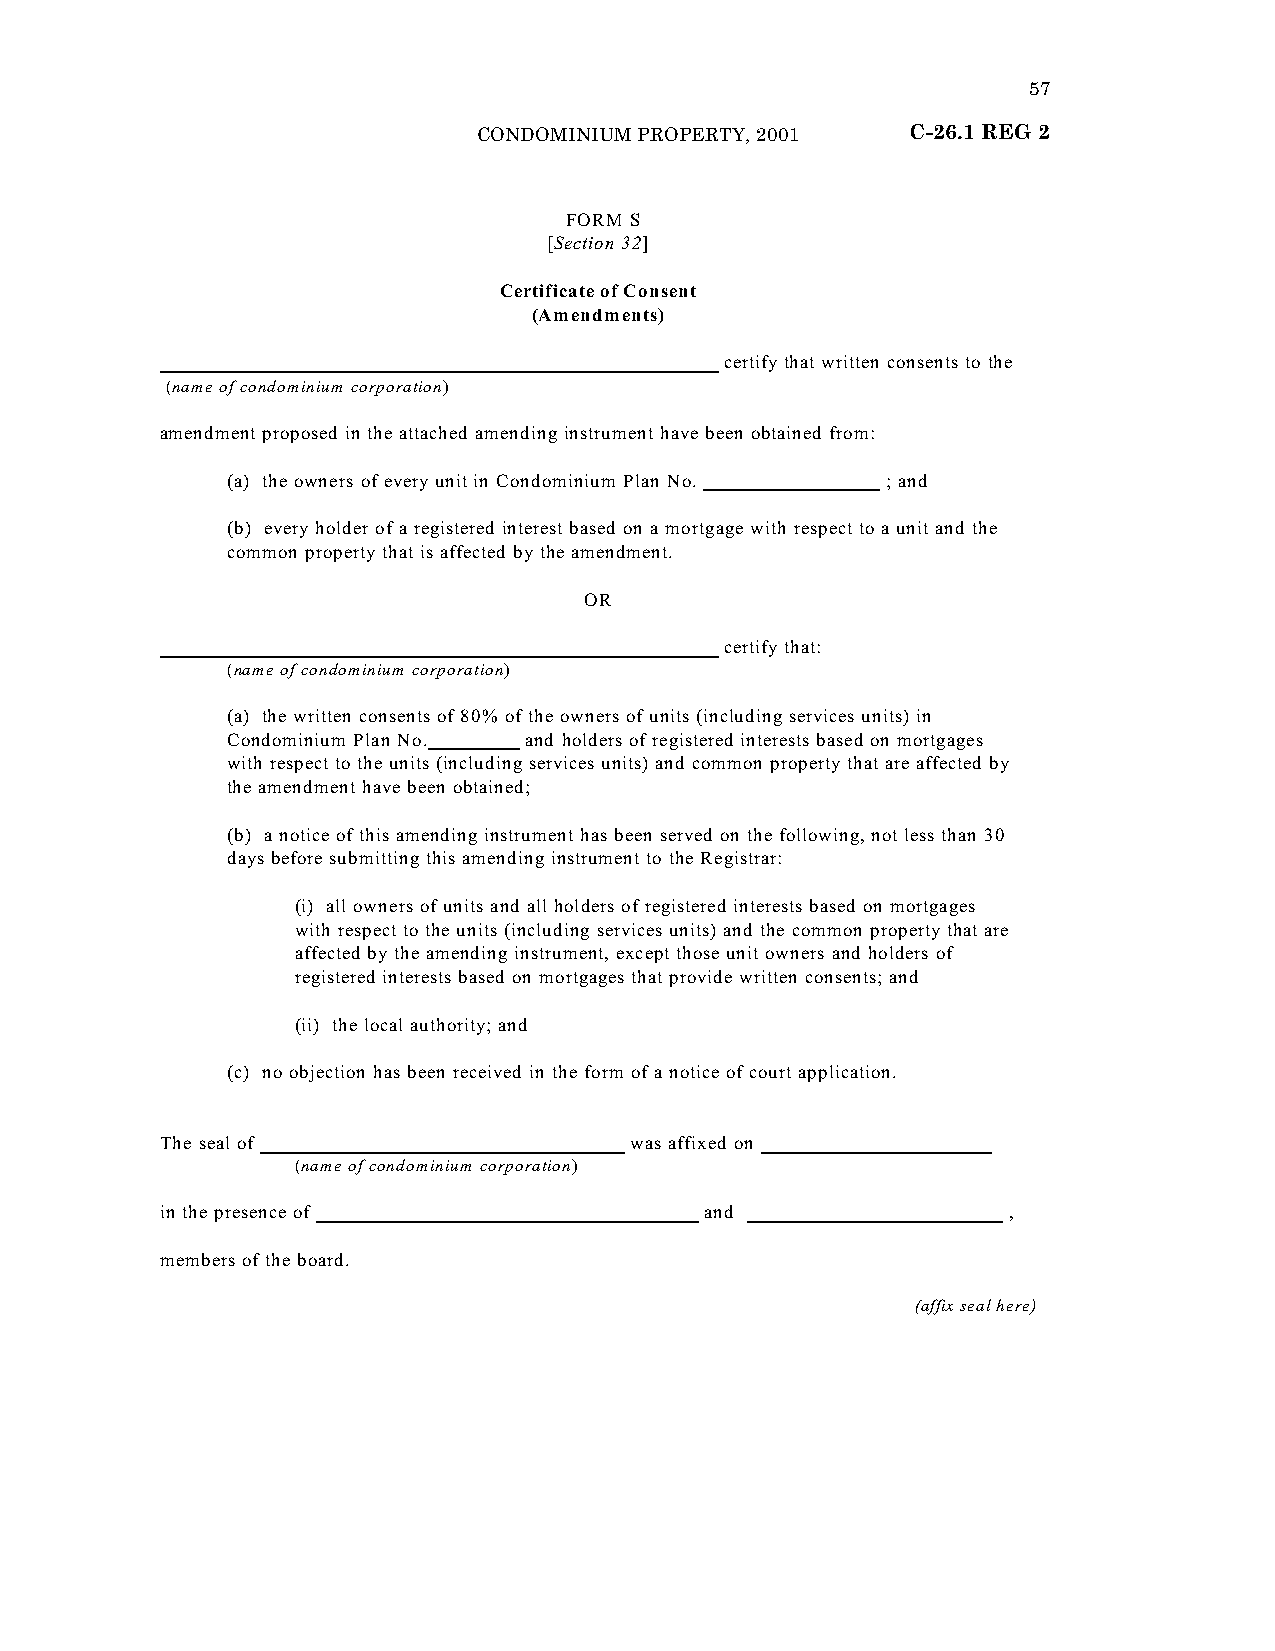
57
 CONDOMINIUM PROPERTY, 2001  C-26.1 REG 2
 “FORM S
 [Section 32]
 Certificate of Consent
 (Amendments)
 certify that written consents to the
 (name of condominium corporation)
 amendment proposed in the attached amending instrument have been obtained from:
 (a) the owners of every unit in Condominium Plan No. ; and
 (b) every holder of a registered interest based on a mortgage with respect to a unit and the
 common property that is affected by the amendment.
 OR
 certify that:
 (name of condominium corporation)
 (a) the written consents of 80% of the owners of units (including services units) in
 Condominium Plan No. and holders of registered interests based on mortgages
 with respect to the units (including services units) and common property that are affected by
 the amendment have been obtained;
 (b) a notice of this amending instrument has been served on the following, not less than 30
 days before submitting this amending instrument to the Registrar:
 (i) all owners of units and all holders of registered interests based on mortgages
 with respect to the units (including services units) and the common property that are
 affected by the amending instrument, except those unit owners and holders of
 registered interests based on mortgages that provide written consents; and
 (ii) the local authority; and
 (c) no objection has been received in the form of a notice of court application.
 The seal of                    was affixed on
 (name of condominium corporation)
 in the presence of                  and                 ,
 members of the board.
 (affix seal here)